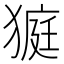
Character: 𤠜